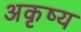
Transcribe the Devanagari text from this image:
अकृष्य